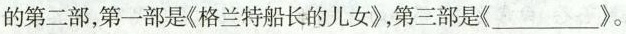
的第二部，第一部是《格兰特船长的儿女》，第三部是\underline{《》}。